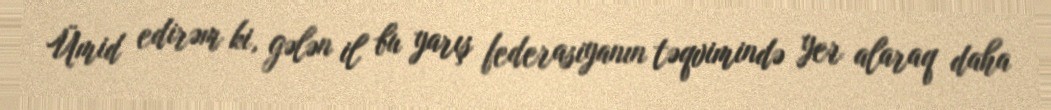
Ümid edirəm ki, gələn il bu yarış federasiyanın təqvimində yer alaraq daha